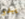
يبدو